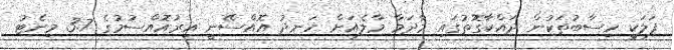
ފަލަކީ ހިސާބުތަކުން ދައްކާގޮތުގައި މާދަމާ މާލެއަށް ހަނދު އޮއްސޭނީ އިރުއޮއްސުމުގެ 3.7 މިނެޓު